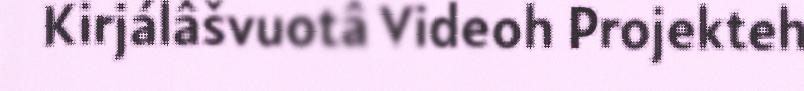
Kirjálâšvuotâ Videoh Projekteh